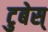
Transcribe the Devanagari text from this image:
टुबेस्